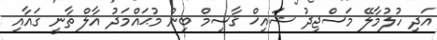
އަދި ހުލުމާލޭ މަސްޖިދު ޝައިޚް ޤާސިމް ބިން މުޙައްމަދު އާލް ޘާނީ ގައާއި